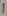
Text: 1